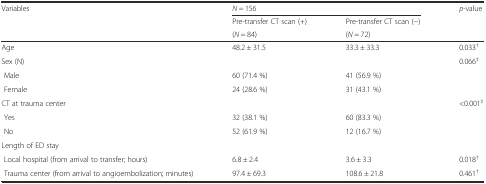
<table><thead><tr><td rowspan="3"><b>Variables</b></td><td colspan="2"><b><i>N</i> = 156</b></td><td rowspan="3"><b><i>p</i>-value</b></td></tr><tr><td><b>Pre-transfer CT scan (+)</b></td><td><b>Pre-transfer CT scan (−)</b></td></tr><tr><td><b>(<i>N</i> = 84)</b></td><td><b>(<i>N</i> = 72)</b></td></tr></thead><tbody><tr><td>Age</td><td>48.2 ± 31.5</td><td>33.3 ± 33.3</td><td>0.033<sup>†</sup></td></tr><tr><td>Sex (N)</td><td>[EMPTY_CELL]</td><td>[EMPTY_CELL]</td><td>0.066<sup>‡</sup></td></tr><tr><td> Male</td><td>60 (71.4 %)</td><td>41 (56.9 %)</td><td>[EMPTY_CELL]</td></tr><tr><td> Female</td><td>24 (28.6 %)</td><td>31 (43.1 %)</td><td>[EMPTY_CELL]</td></tr><tr><td>CT at trauma center</td><td>[EMPTY_CELL]</td><td>[EMPTY_CELL]</td><td>&lt;0.001<sup>‡</sup></td></tr><tr><td> Yes</td><td>32 (38.1 %)</td><td>60 (83.3 %)</td><td>[EMPTY_CELL]</td></tr><tr><td> No</td><td>52 (61.9 %)</td><td>12 (16.7 %)</td><td>[EMPTY_CELL]</td></tr><tr><td>Length of ED stay</td><td>[EMPTY_CELL]</td><td>[EMPTY_CELL]</td><td>[EMPTY_CELL]</td></tr><tr><td> Local hospital (from arrival to transfer; hours)</td><td>6.8 ± 2.4</td><td>3.6 ± 3.3</td><td>0.018<sup>†</sup></td></tr><tr><td> Trauma center (from arrival to angioembolization; minutes)</td><td>97.4 ± 69.3</td><td>108.6 ± 21.8</td><td>0.461<sup>†</sup></td></tr></tbody></table>